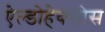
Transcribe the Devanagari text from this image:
ऐल्डोहेक्सोस